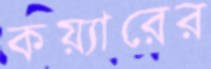
কয়্যারের